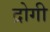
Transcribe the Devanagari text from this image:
द्रोगी